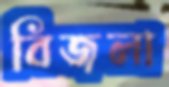
বিজলা